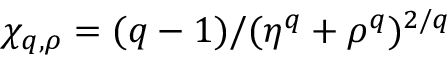
\chi _ { q , \rho } = ( q - 1 ) / { ( \eta ^ { q } + \rho ^ { q } ) ^ { 2 / q } }